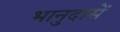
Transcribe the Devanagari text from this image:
भानुदासें